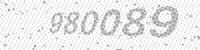
Solution: 980089